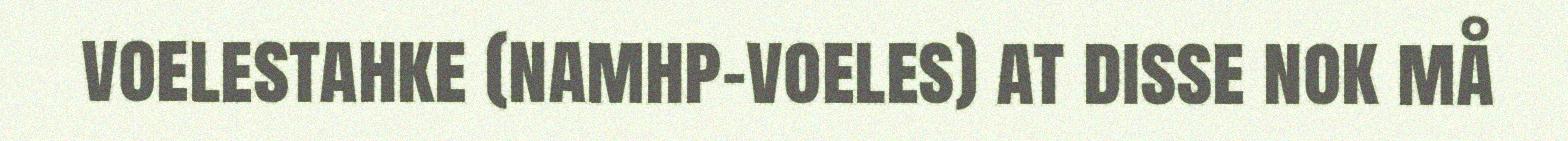
voelestahke (namhp-voeles) at disse nok må